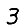
Digit: 3